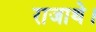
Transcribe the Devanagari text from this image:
राजाथे।